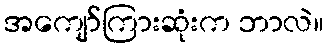
အကျော်ကြားဆုံးက ဘာလဲ။